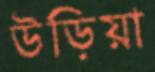
উড়িয়া